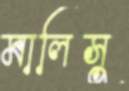
মালিসু